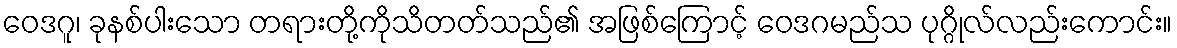
ဝေဒဂူ၊ ခုနစ်ပါးသော တရားတို့ကိုသိတတ်သည်၏ အဖြစ်ကြောင့် ဝေဒဂမည်သ ပုဂ္ဂိုလ်လည်းကောင်း။